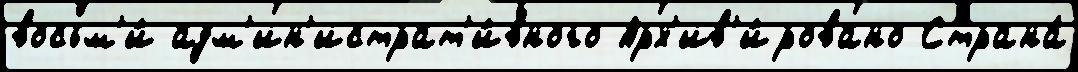
восьм'и́ адм'ин'истрат'и́вного Арх'ив'и́ровано Страна́